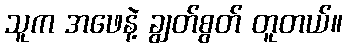
သူက အဖေနဲ့ ချွတ်စွတ် တူတယ်။